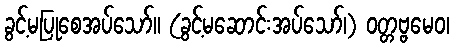
ခွင့်မပြုစေအပ်သော်။ (ခွင့်မဆောင်းအပ်သော်၊) ဝတ္တဗ္ဗမေဝ၊